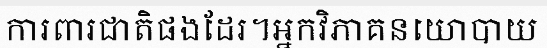
ការពារជាតិផងដែរ។អ្នកវិភាគនយោបាយ